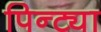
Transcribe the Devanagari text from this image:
पिन्ट्या